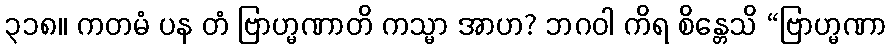
၃၁၈။ ကတမံ ပန တံ ဗြာဟ္မဏာတိ ကသ္မာ အာဟ? ဘဂဝါ ကိရ စိန္တေသိ “ဗြာဟ္မဏာ